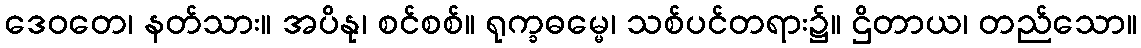
ဒေဝတေ၊ နတ်သား။ အပိနု၊ စင်စစ်။ ရုက္ခဓမ္မေ၊ သစ်ပင်တရား၌။ ဌိတာယ၊ တည်သော။